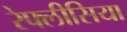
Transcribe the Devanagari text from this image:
रेफ्लीसिया